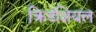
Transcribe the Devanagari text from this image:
क्रिडेंशियल